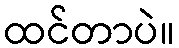
ထင်တာပဲ။